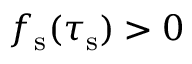
f _ { \mathrm { s } } ( \tau _ { \mathrm { s } } ) > 0